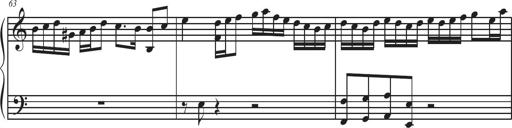
Title: Sonatina Espania
Composer: Jerald Franklin Archer
Key: Various